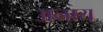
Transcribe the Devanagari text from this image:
अनाय